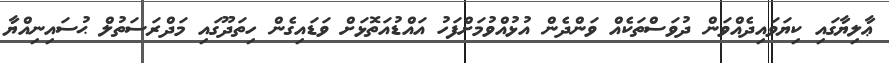
ޢާލިޔާގައި ކިޔަވައިދެއްވަން ދުވަސްތަކެއް ވަންދެން އުޅުއްވުމަށްފަހު އައްޑުއަތޮޅަށް ވަޑައިގެން ހިތަދޫގައި މަދްރަސަތުލް ޙުސައިނިއްޔާ